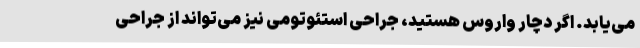
می‌یابد. اگر دچار واروس هستید، جراحی استئوتومی نیز می‌تواند از جراحی